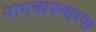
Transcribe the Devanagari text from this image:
नागचाफ्याच्या